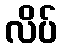
လိပ်